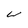
Character: W